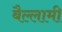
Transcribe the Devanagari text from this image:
बैल्लामी